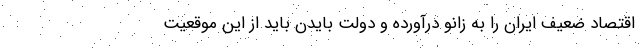
اقتصاد ضعیف ایران را به زانو درآورده و دولت بایدن باید از این موقعیت